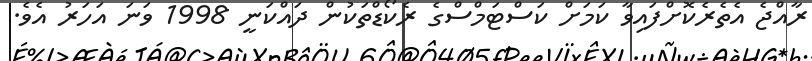
ރާއްޖެ އެތެރެކޮށްފައިވާ ކަމަށް ކަސްޓަމްސްގެ ރެކޯޑްތަކުން ދައްކަނީ 1998 ވަނަ އަހަރު އެވެ.